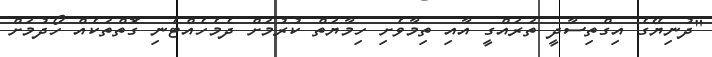
"ދުނިޔޭގެ އިގްތިސާދީ ތަރައްގީ އާއި ތިމާވެށި ހިމާޔަތް ކުރުމަށް ދެމެހެއްޓެނި ގޮތްތަކެއް ހޯދުމަށް